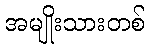
အမျိုးသားတစ်